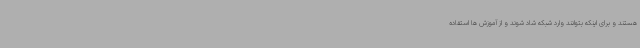
هستند و برای اینکه بتوانند وارد شبکه شاد شوند و از آموزش ها استفاده